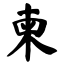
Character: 柬